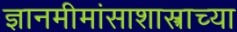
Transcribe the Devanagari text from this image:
ज्ञानमीमांसाशास्त्राच्या